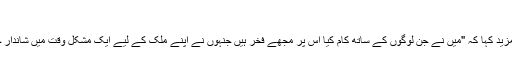
"
انھوں نے مزید کہا کہ "میں نے جن لوگوں کے ساتھ کام کیا اس پر مجھے فخر ہیں جنہوں نے اپنے ملک کے لیے ایک مشکل وقت میں شاندار چیزیں کیں۔